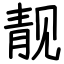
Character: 靓